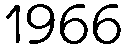
1966